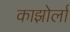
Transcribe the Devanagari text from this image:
काझोर्ला